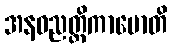
အနဝညတ္တိကာမောတိ